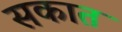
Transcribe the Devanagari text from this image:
सकात